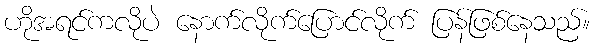
ဟိုအရင်ကလိုပဲ နောက်လိုက်ပြောင်လိုက် ပြန်ဖြစ်နေသည်။